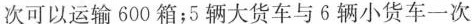
次可以运输600箱；5辆大货车与6辆小货车一